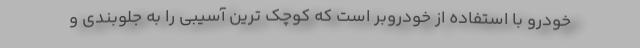
خودرو با استفاده از خودروبر است که کوچک ترین آسیبی را به جلوبندی و